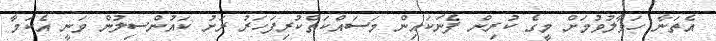
އެތަނާ ހަވާލުވުމަށް މީގެ ކުރިން ފެނަކައިން މަސައްކަތްކުރިފަހަރު ރަށު ކައުންސިލުން ވަނީ އެކަމާ